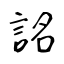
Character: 詺